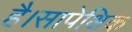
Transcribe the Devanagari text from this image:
है।सापेक्षिक